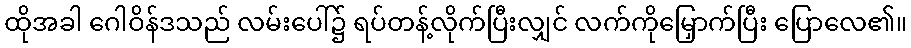
ထိုအခါ ဂေါဝိန်ဒသည် လမ်းပေါ်၌ ရပ်တန့်လိုက်ပြီးလျှင် လက်ကိုမြှောက်ပြီး ပြောလေ၏။